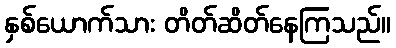
နှစ်ယောက်သား တိတ်ဆိတ်နေကြသည်။